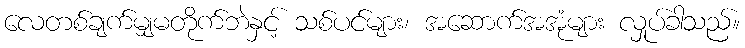
လေတစ်ချက်မျှမတိုက်ဘဲနှင့် သစ်ပင်များ၊ အဆောက်အအုံများ လှုပ်ခါသည်။